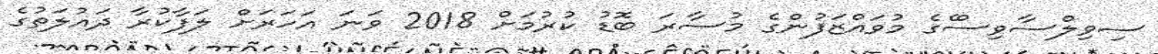
ސިވިލްސާވިސްެގެ މުވައްޒަފުންގެ މުސާރަ ބޮޑު ކުރުމަށް 2018 ވަނަ އަހަރަށް ލަފާކުރާ ދައުލަތުގެ